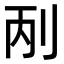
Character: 𠛥